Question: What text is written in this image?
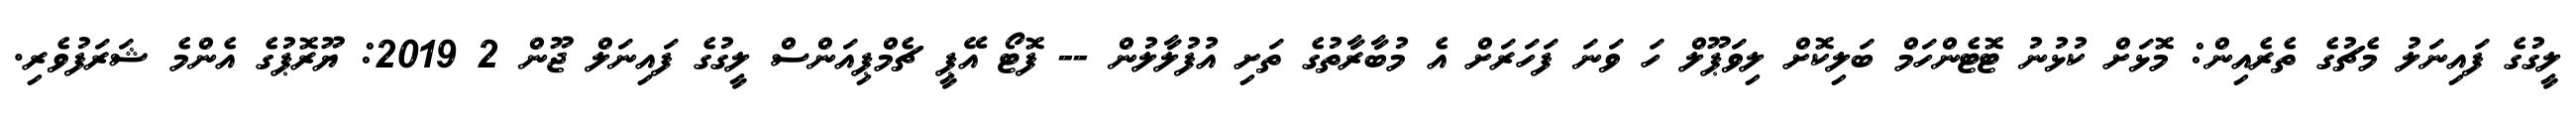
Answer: ލީގުގެ ފައިނަލު މެޗުގެ ތެރެއިން: މޮޅަށް ކުޅުނު ޓޮޓެންހަމް ބަލިކޮށް ލިވަޕޫލް ހަ ވަނަ ފަހަރަށް އެ މުބާރާތުގެ ތަށި އުފުލާލުން -- ފޮޓޯ އޭޕީ ޗެމްޕިއަންސް ލީގުގެ ފައިނަލް ޖޫން 2 2019: ޔޫރޮޕުގެ އެންމެ ޝަރަފުވެރި.